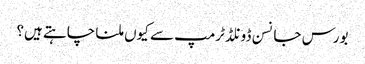
بورس جانسن ڈونلڈ ٹرمپ سے کیوں ملنا چاہتے ہیں؟